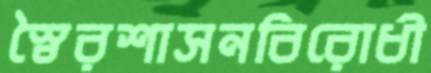
স্বৈরশাসনবিরোধী